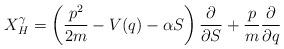
LaTeX: \begin{align*} X_H^{\gamma}=\left(\frac{p^2}{2m}-V(q)-\alpha S\right)\frac{\partial}{\partial S}+\frac{p}{m}\frac{\partial}{\partial q}\end{align*}